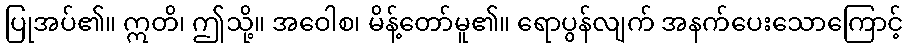
ပြုအပ်၏။ ဣတိ၊ ဤသို့။ အဝေါစ၊ မိန့်တော်မူ၏။ ရောပွန်လျက် အနက်ပေးသောကြောင့်